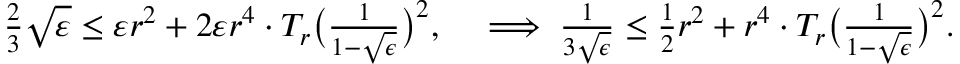
\begin{array} { r } { \frac { 2 } { 3 } \sqrt { \varepsilon } \leq \varepsilon r ^ { 2 } + 2 \varepsilon r ^ { 4 } \cdot T _ { r } \big ( \frac { 1 } { 1 - \sqrt { \epsilon } } \big ) ^ { 2 } , \quad \implies \frac { 1 } { 3 \sqrt { \epsilon } } \leq \frac { 1 } { 2 } r ^ { 2 } + r ^ { 4 } \cdot T _ { r } \big ( \frac { 1 } { 1 - \sqrt { \epsilon } } \big ) ^ { 2 } . } \end{array}